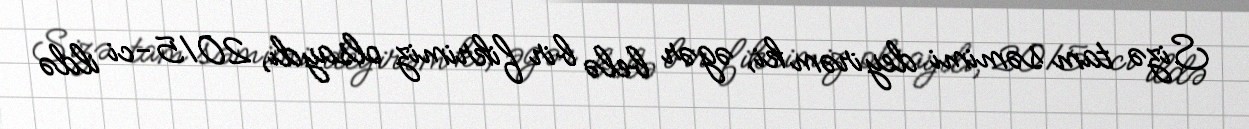
Sizə tam səmimi deyirəm ki, əgər belə bir fikrimiz olsaydı, 2015-ci ildə